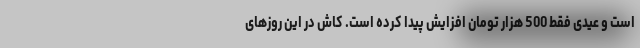
است و عیدی فقط 500 هزار تومان افزایش پیدا کرده است. کاش در این روزهای